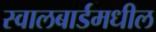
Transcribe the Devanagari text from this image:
स्वालबार्डमधील